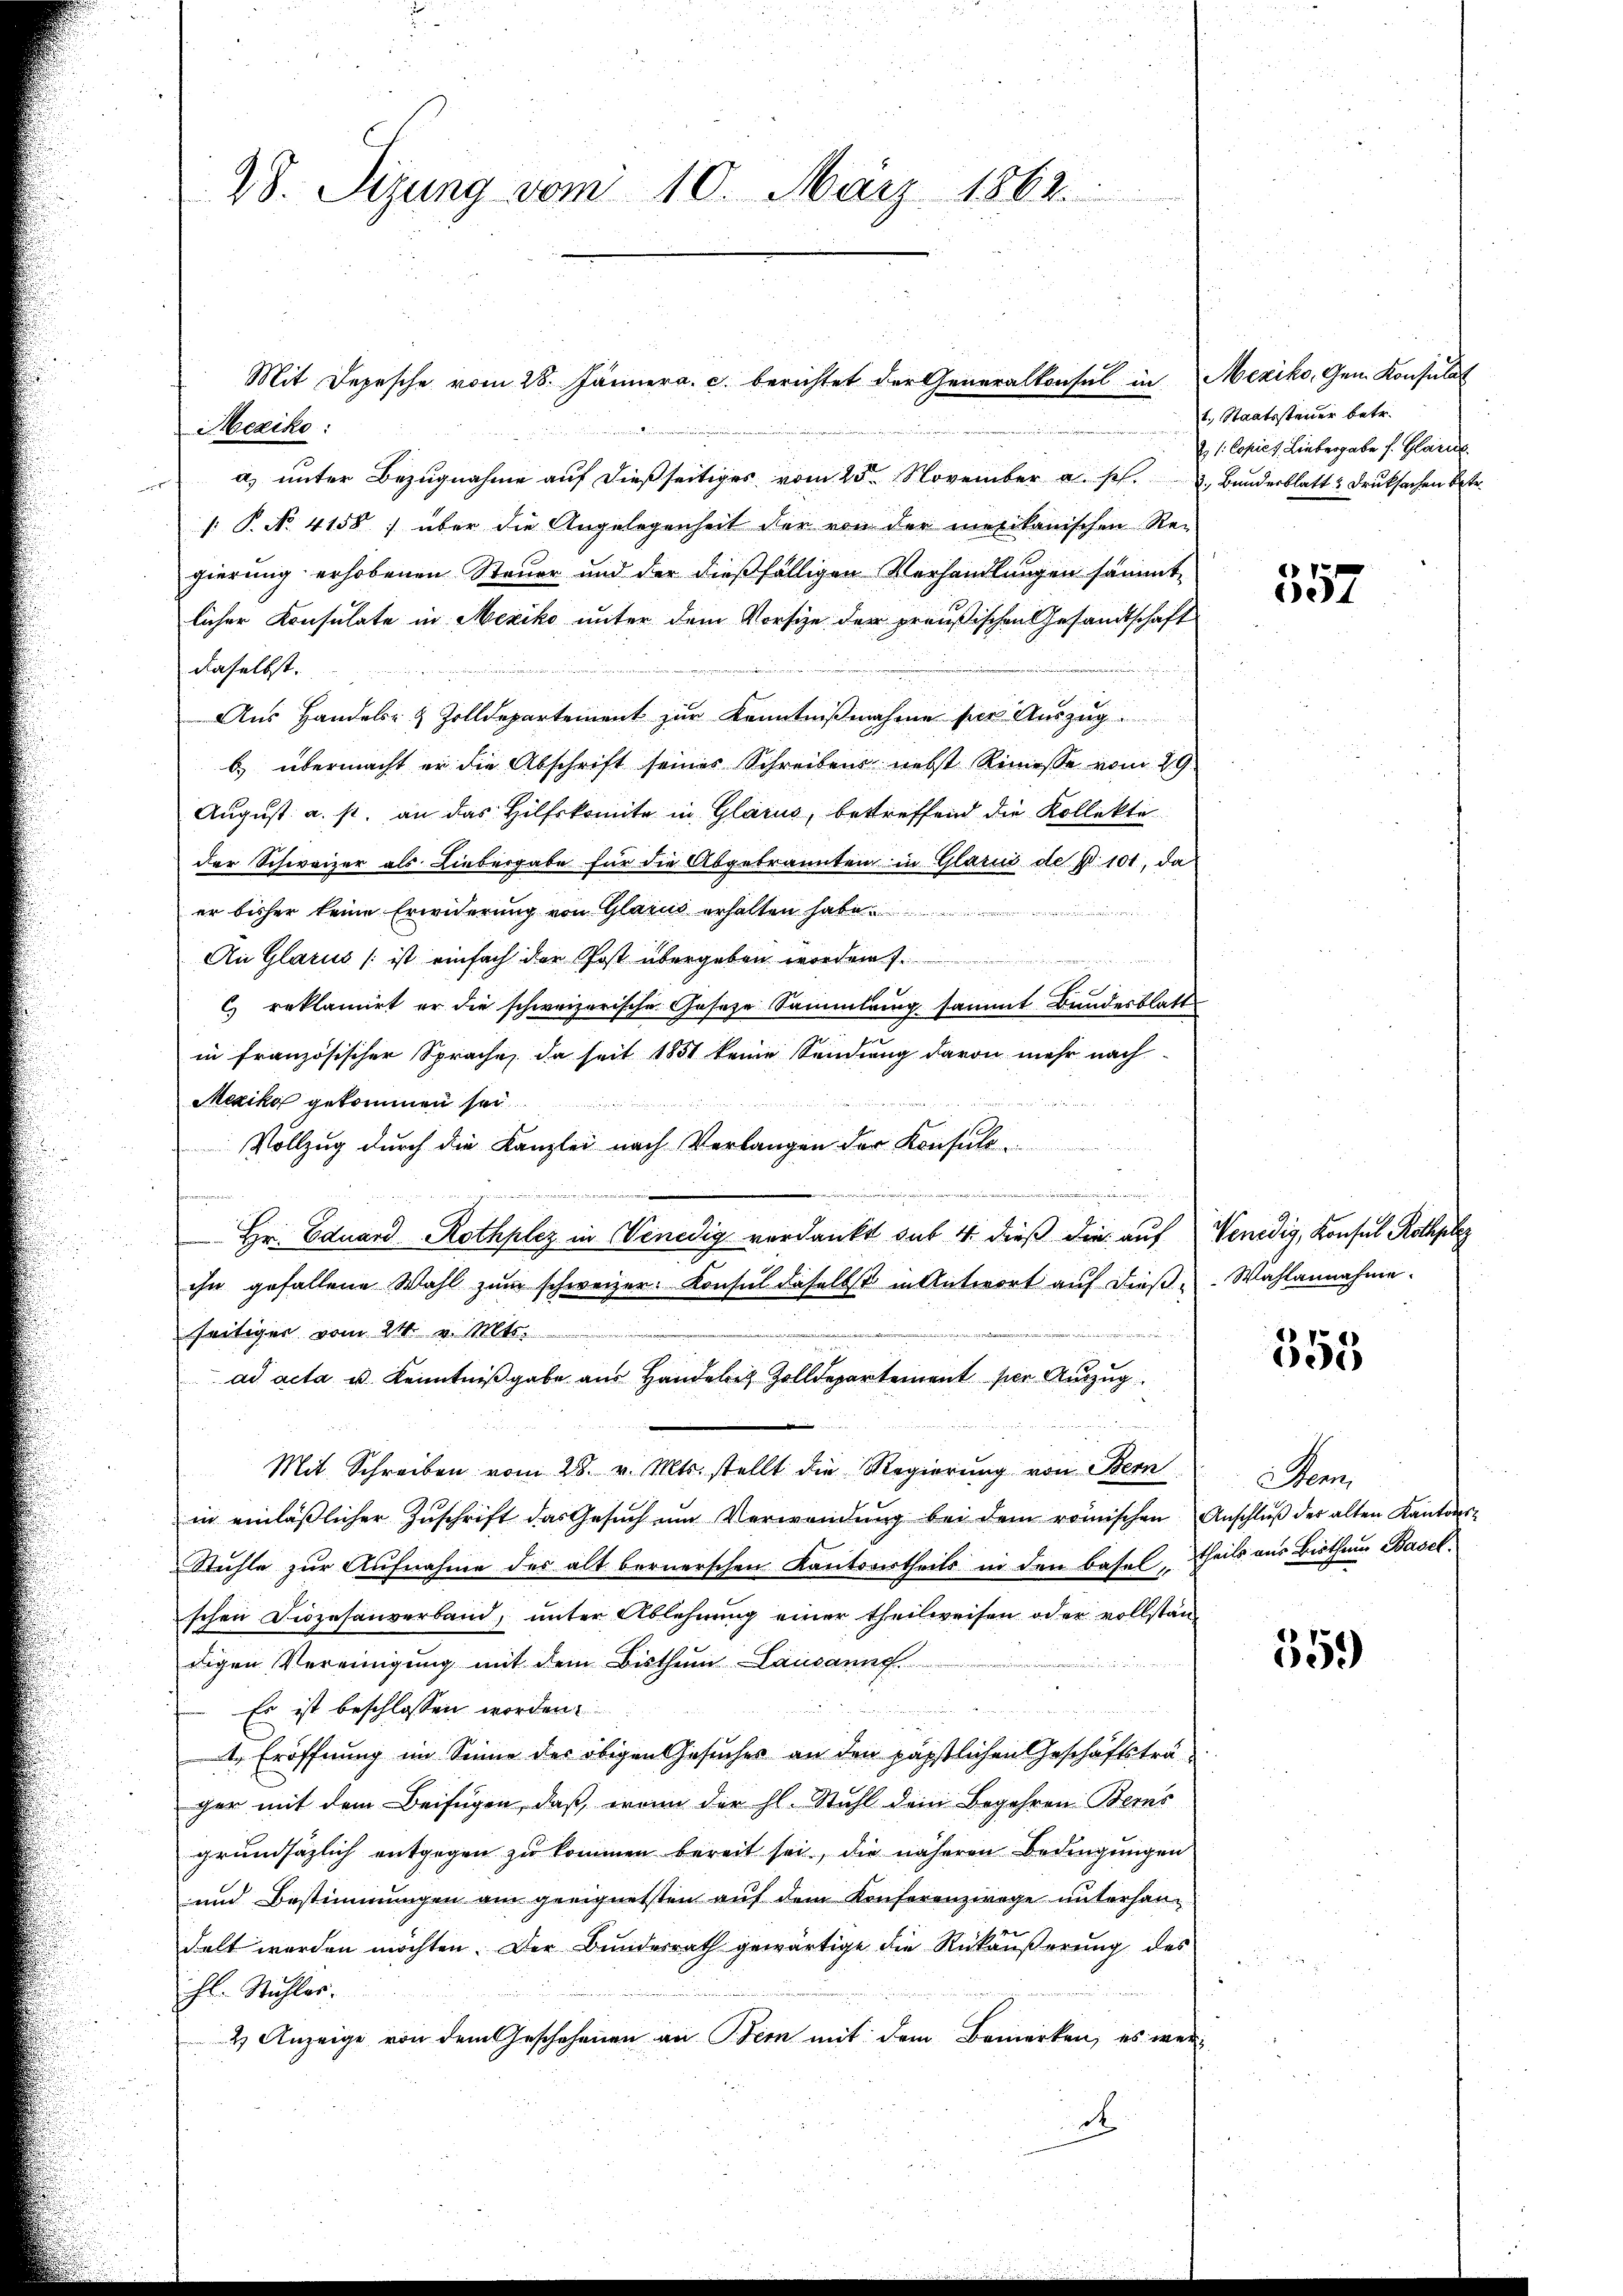
28. Sizung vom 10. März 1863.

Meziko
a) unter Bezugnahme auf dießseitiges vom 25. November a. p. 2. Bunderblatt & Druksachen betr.
: P. No. 4158) über die Angelegenheit der von der mexikanischen Re-
gierung erhobenen Steuer und der dießfälligen Verhandlungen sämmt
licher Konsulate in Mexiko unter dem Vorsize der preußischen Gesandtschaft
daselbst.
Aus Handels- & Zolldepartement zur Kenntnißnahme für Auszug
b) übermacht er die Abschrift seines Schreibens nebst Riniesse vom 29.
August: a. s. an das Hilfskomite in Glarus, betreffend die Kollekte
der Schweizer als Liebergabe für die Abgebrannten in Glarus de pr 101, da
er bisher keine Erwiderung von Glarus erhalten habe
An Glarus ist einfach der Post übergeben worden
c reklamirt er die schweizerische Geseze Sammlung sammt Bundesblatt
in französischer Sprache, da seit 1851 keine Sendung davon mehr nach
Mexiko gekommen sei
Vollzug durch die Kanzlei nach Verlangen der Konsuls¬
 Hr. Eduard Rothplez in Venedig verdankt das 4 dieß die auf Venedig, Konsul Rothpl
ihn gefallene Wahl zum schweizer. Konsul daselbst in Antwort auf diese Wahlannahme.
seitiger vom 24. v. Mts.

digen und de

ad acta u. Kenntnißgabe aus Handelis Zolldepartement per Auszug
Mit Schreiben vom 28. v. Mts. stellt die Regierung von Bern
in einläβlicher Zŭschrift das Gesŭch ŭm Verwendŭng bei dem römischen Anschlŭβ der alten Kantons-
Stühle zur Aufnahme des alt bernerschen Kantonstheils in den Basel, theils aus Bisthum Baselschen Diözesenverband, unter Ablehnung einer theilweisen oder vollständigen Vereinigung mit dem Bisthum Lausanne.
Es ist beschlossen worden.
 Eröffnung im Sinne des obigen Gesuches an den päpstlichen Geschäftsträ-
ger mit dem Beifügen, daß, wenn der hl. Stuhl dem Begehren Berns
grundsäzlich entgegen zu kommen bereit sei, die näheren Bedingungen
und Bestimmungen am geeignetsten auf dem Konferenzirege unterhandelt worden möchten. Der Bundesrath gewärtige die Rückäußerung des
hl. Stuhles.
2) Anzeige von dem Geschehenen an Bern mit dem Bemerken, es werd

Mit Depesche vom 28. Jännera. c. berichtet der Generalkonsul in Mexiko, Gem. Konsulat

1. Staatssteuer betr.
E. 1: Copie Liebergabe s. Glarus.

557

555

Saum

559)